Annual statistical returns and brief notes on vaccination in Bengal - 1887-1898
Year: 1887
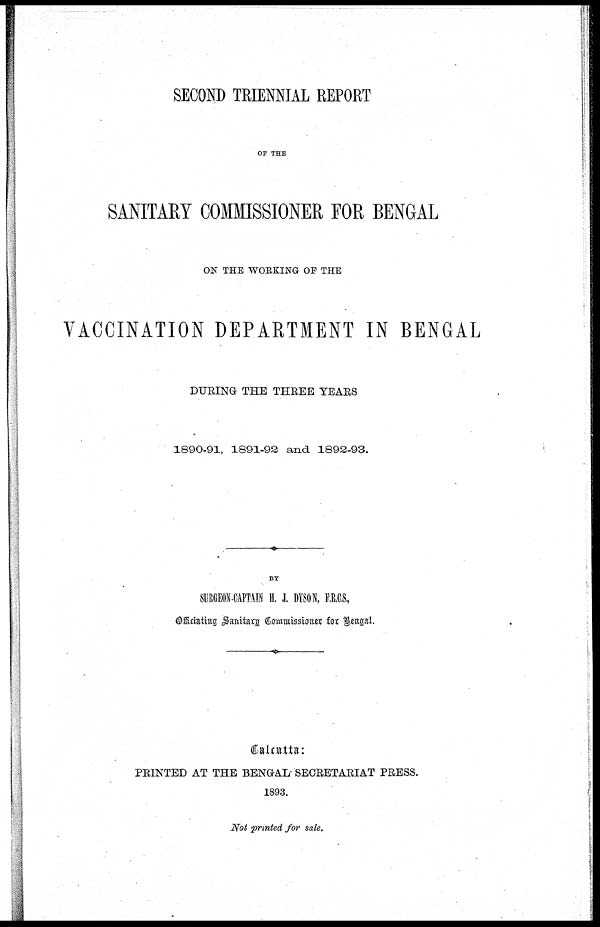
SECOND TRIENNIAL REPORT
OF THE
SANITARY COMMISSIONER FOR BENGAL
ON THE WORKING OF THE
VACCINATION DEPARTMENT IN BENGAL
DURING THE THREE YEARS
1890-91, 1891-92 and 1892-93.
BY
SURGEON-CAPTAIN H. J. DYSON, F.R.C.S.,
Officiating Sanitary Commissioner for Bengal.
Calcutta:
PRINTED AT THE BENGAL SECRETARIAT PRESS.
1893.
Not printed for sale.